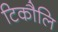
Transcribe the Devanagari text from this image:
टिकौलि